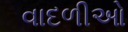
વાદળીઓ